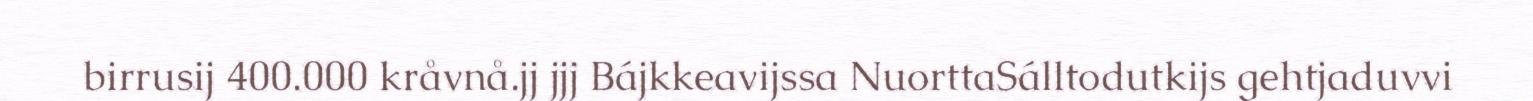
birrusij 400.000 kråvnå.jj jjj Bájkkeavijssa NuorttaSálltodutkijs gehtjaduvvi